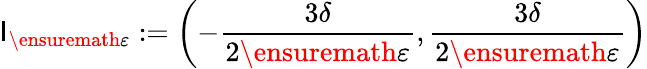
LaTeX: \mathsf{I}_{\ensuremath{{\varepsilon}}}:=\left(-\frac{{3\delta}}{{2\ensuremath{{\varepsilon}}}},\frac{{3\delta}}{{2\ensuremath{{\varepsilon}}}}\right)